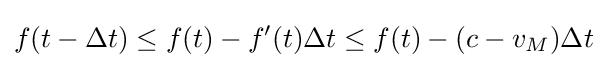
f(t-\Delta t)\leq f(t)-f'(t)\Delta t\leq f(t)-(c-v_{M})\Delta t